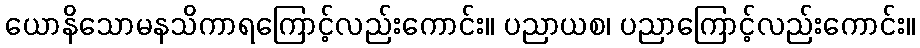
ယောနိသောမနသိကာရကြောင့်လည်းကောင်း။ ပညာယစ၊ ပညာကြောင့်လည်းကောင်း။